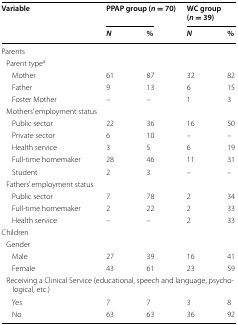
<table><thead><tr><td rowspan="2"><b>Variable</b></td><td colspan="2"><b>PPAP group (<i>n</i> = 70)</b></td><td colspan="2"><b>WC group (<i>n</i> = 39)</b></td></tr><tr><td><b><i>N</i></b></td><td><b>%</b></td><td><b><i>N</i></b></td><td><b>%</b></td></tr></thead><tbody><tr><td colspan="5">Parents</td></tr><tr><td colspan="5"> Parent type<sup>a</sup></td></tr><tr><td>Mother</td><td>61</td><td>87</td><td>32</td><td>82</td></tr><tr><td>Father</td><td>9</td><td>13</td><td>6</td><td>15</td></tr><tr><td>Foster Mother</td><td>–</td><td>–</td><td>1</td><td>3</td></tr><tr><td colspan="5"> Mothers’ employment status</td></tr><tr><td>Public sector</td><td>22</td><td>36</td><td>16</td><td>50</td></tr><tr><td>Private sector</td><td>6</td><td>10</td><td>–</td><td>–</td></tr><tr><td>Health service</td><td>3</td><td>5</td><td>6</td><td>19</td></tr><tr><td>Full-time homemaker</td><td>28</td><td>46</td><td>11</td><td>31</td></tr><tr><td>Student</td><td>2</td><td>3</td><td>–</td><td>–</td></tr><tr><td colspan="5"> Fathers’ employment status</td></tr><tr><td>Public sector</td><td>7</td><td>78</td><td>2</td><td>34</td></tr><tr><td>Full-time homemaker</td><td>2</td><td>22</td><td>2</td><td>33</td></tr><tr><td>Health service</td><td>–</td><td>–</td><td>2</td><td>33</td></tr><tr><td colspan="5">Children</td></tr><tr><td colspan="5"> Gender</td></tr><tr><td>Male</td><td>27</td><td>39</td><td>16</td><td>41</td></tr><tr><td>Female</td><td>43</td><td>61</td><td>23</td><td>59</td></tr><tr><td colspan="5"> Receiving a Clinical Service (educational, speech and language, psychological, etc.)</td></tr><tr><td>Yes</td><td>7</td><td>7</td><td>3</td><td>8</td></tr><tr><td>No</td><td>63</td><td>63</td><td>36</td><td>92</td></tr></tbody></table>